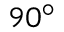
9 0 ^ { \circ }